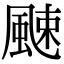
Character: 𩗣